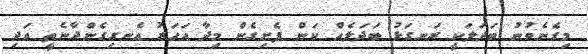
މިގެނެވުނު ބަދަލަކީ ރަނގަޅު ބަދަލެއް ކަން ފެށިގެން މިދާ އަހަރު އެނގިގެންދާނެތީ އަދި